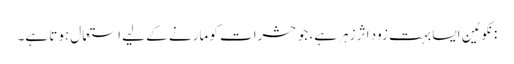
: نکوٹین ایسا بہت زود اثر زہر ہے، جو حشرات کو مارنے کے لیے استعمال ہوتا ہے۔